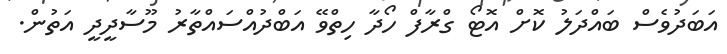
އަބަދުވެސް ބައްދަލު ކޮށް އޮޓޯ ގްރާފް ހޯދާ ހިތްވޭ އަބްދުއްސައްތާރު މޫސާދީދީ އަތުން.